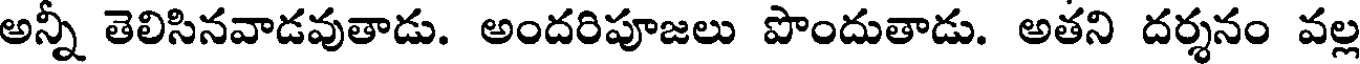
అన్నీ తెలిసినవాడవుతాడు. అందరిపూజలు పొందుతాడు. అతని దర్శనం వల్ల